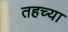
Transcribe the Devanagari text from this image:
तहच्या